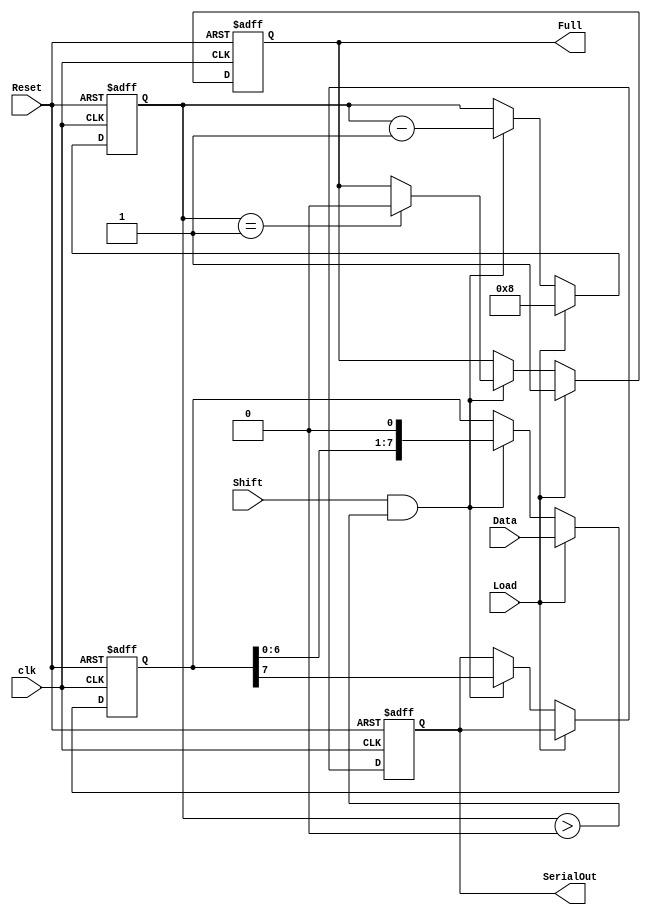
module PISO_Register #(
    parameter WIDTH = 8 // Parameter for the width of the register
) (
    input wire Load,       // Control signal to load parallel data
    input wire [WIDTH-1:0] Data, // Parallel data input
    input wire Shift,      // Control signal to shift out data serially
    input wire clk,        // Clock signal
    input wire Reset,      // Asynchronous reset signal
    output reg SerialOut,  // Serial output
    output reg Full        // Indicates when the register is full
);

    // Internal register to hold the data
    reg [WIDTH-1:0] shift_reg;
    reg [3:0] bit_count; // To keep track of the number of bits shifted out

    // Asynchronous reset
    always @(posedge clk or posedge Reset) begin
        if (Reset) begin
            shift_reg <= {WIDTH{1'b0}}; // Clear the register
            SerialOut <= 1'b0;          // Clear serial output
            Full <= 1'b0;                // Clear Full flag
            bit_count <= 0;              // Reset bit count
        end else begin
            if (Load) begin
                shift_reg <= Data;       // Load data into the register
                Full <= 1'b1;            // Set Full flag
                bit_count <= WIDTH;      // Set bit count to width
            end else if (Shift && bit_count > 0) begin
                SerialOut <= shift_reg[WIDTH-1]; // Output the MSB
                shift_reg <= {shift_reg[WIDTH-2:0], 1'b0}; // Shift left
                bit_count <= bit_count - 1; // Decrement bit count
                if (bit_count == 1) begin
                    Full <= 1'b0; // Clear Full flag when all bits shifted out
                end
            end
        end
    end
endmodule